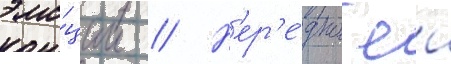
эмо́ции // Н'ер'е́дко еи